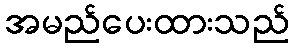
အမည်ပေးထားသည်